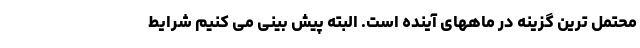
محتمل ترین گزینه در ماههای آینده است. البته پیش بینی می کنیم شرایط